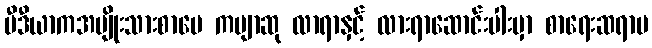
မီဒီယာကအမျိုးသားစာပေ ကဗျာဆု လာရာနှင့် လားရာဆောင်းပါးမှာ စာရေးဆရာမ